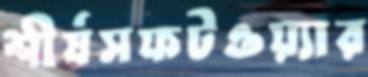
শীর্ষসফটওয়্যার